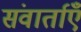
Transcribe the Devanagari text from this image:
संवार्ताएँ